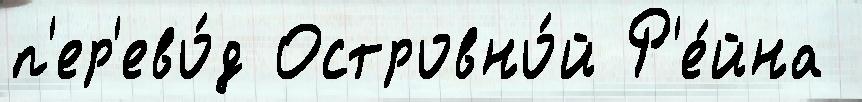
п'ер'ево́д Островно́й Р'е́йна